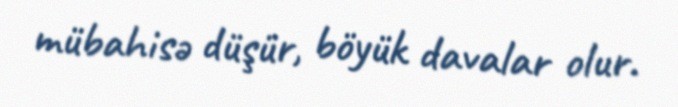
mübahisə düşür, böyük davalar olur.